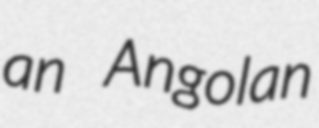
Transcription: an Angolan